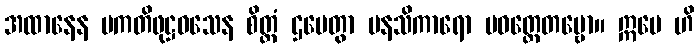
အထာနေန ပကတိဖုဋ္ဌဝသေန စိတ္တံ ဌပေတွာ မနသိကာရော ပဝတ္တေတဗ္ဗော။ ဣမေ ဟိ